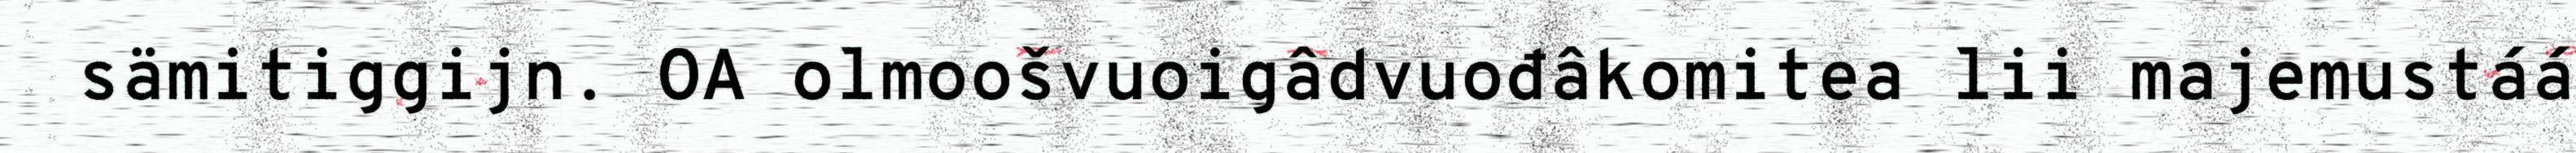
sämitiggijn. OA olmoošvuoigâdvuođâkomitea lii majemustáá